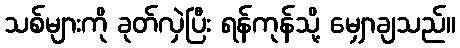
သစ်များကို ခုတ်လှဲပြီး ရန်ကုန်သို့ မျှောချသည်။